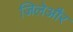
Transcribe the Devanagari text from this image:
जिलेऔर